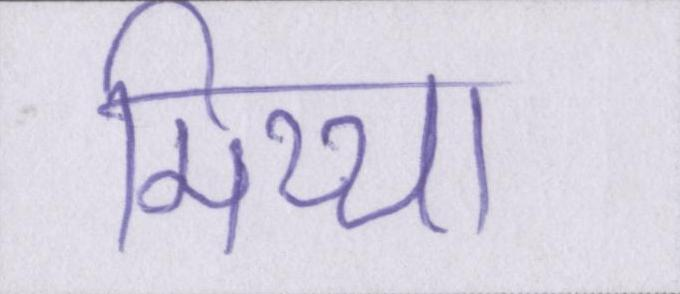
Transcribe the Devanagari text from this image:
मिथ्या